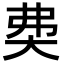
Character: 𡘉